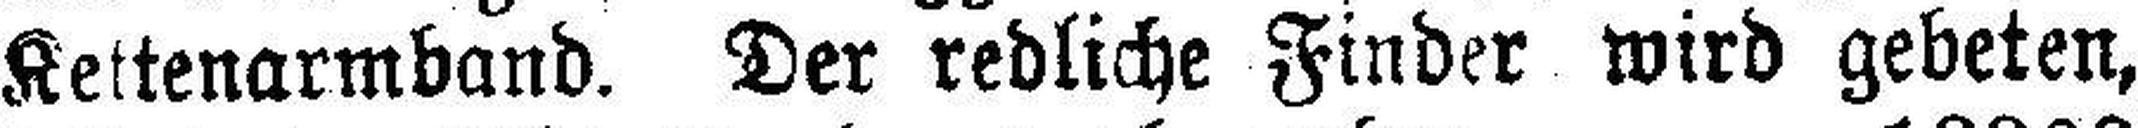
Kettenarmband. Der redliche Finder wird gebeten,